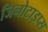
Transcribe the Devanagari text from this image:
जिनोटाइप्स